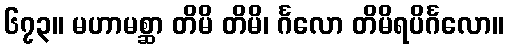
၆၇၃။ မဟာမစ္ဆာ တိမိ တိမိ၊ င်္ဂလော တိမိရပိင်္ဂလော။